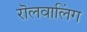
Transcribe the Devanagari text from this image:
रॊलवालिंग